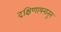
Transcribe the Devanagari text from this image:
दक्षिणायनातून